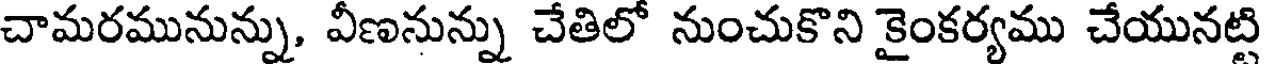
చామరమునున్ను, వీణనున్ను చేతిలో నుంచుకొని కైంకర్యము చేయునట్టి